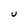
Character: U